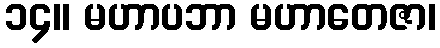
၁၄။ မဟာပဘာ မဟာတေဇာ၊